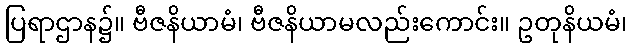
ပြရာဌာန၌။ ဗီဇနိယာမံ၊ ဗီဇနိယာမလည်းကောင်း။ ဥတုနိယမံ၊